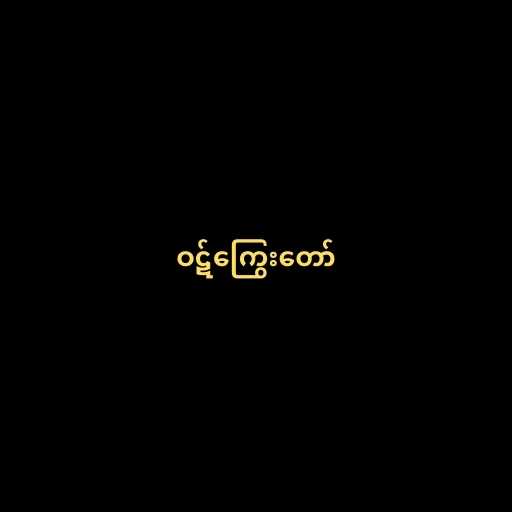
ဝဋ်ကြွေးတော်